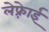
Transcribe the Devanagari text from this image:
लेफ़्रेाई